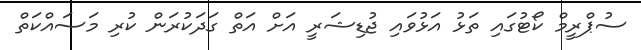
ސުޕްރީމް ކޯޓުގައި ތަޅު އަޅުވައި ޖުޑިޝަރީ އަށް އަތް ގަދަކުރަން ކުރި މަސައްކަތް